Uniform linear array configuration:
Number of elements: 48
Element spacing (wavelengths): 0.5
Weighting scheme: exponential
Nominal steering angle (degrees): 60
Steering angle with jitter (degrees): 60.715
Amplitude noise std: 0.05
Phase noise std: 0.05

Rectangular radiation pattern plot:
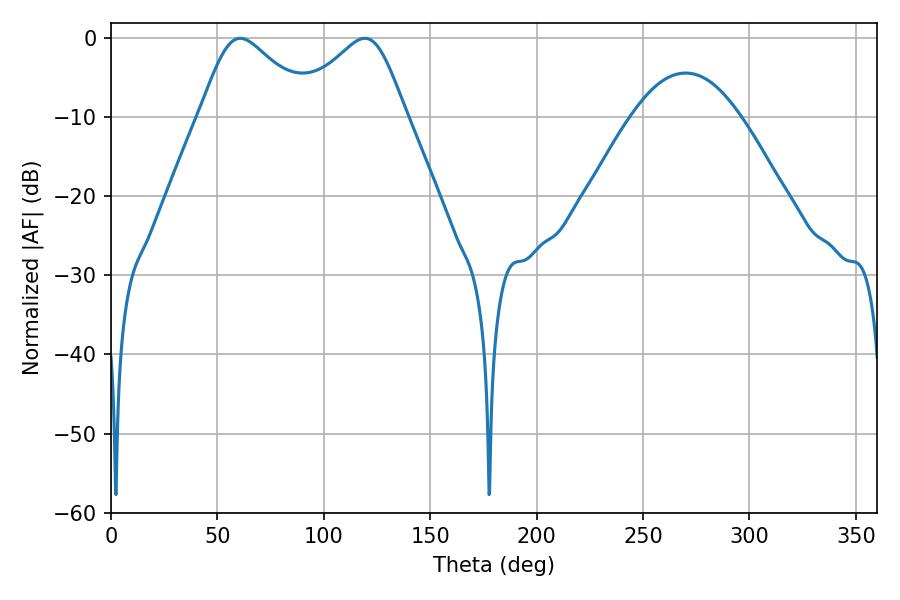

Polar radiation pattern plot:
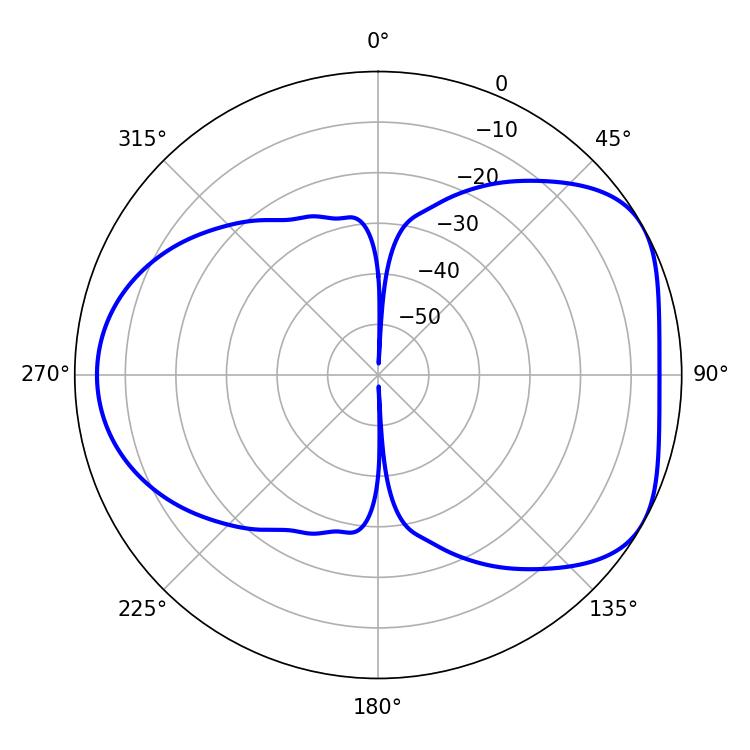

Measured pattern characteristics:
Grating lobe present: FALSE
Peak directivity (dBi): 4.888
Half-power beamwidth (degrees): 26.1
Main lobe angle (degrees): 60.66